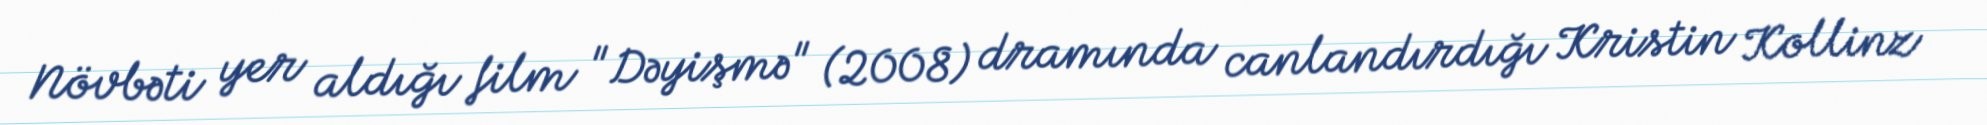
Növbəti yer aldığı film "Dəyişmə" (2008) dramında canlandırdığı Kristin Kollinz